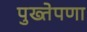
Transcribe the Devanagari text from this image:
पुख्तेपणा